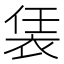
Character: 𧙨